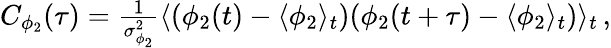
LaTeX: \begin{array}{r}{C_{\phi_{2}}(\tau)=\frac{1}{\sigma_{\phi_{2}}^{2}}\langle(\phi_{2}(t)-\langle\phi_{2}\rangle_{t})(\phi_{2}(t+\tau)-\langle\phi_{2}\rangle_{t})\rangle_{t}\, ,}\end{array}